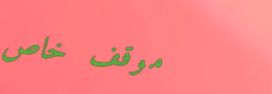
موقف خاص